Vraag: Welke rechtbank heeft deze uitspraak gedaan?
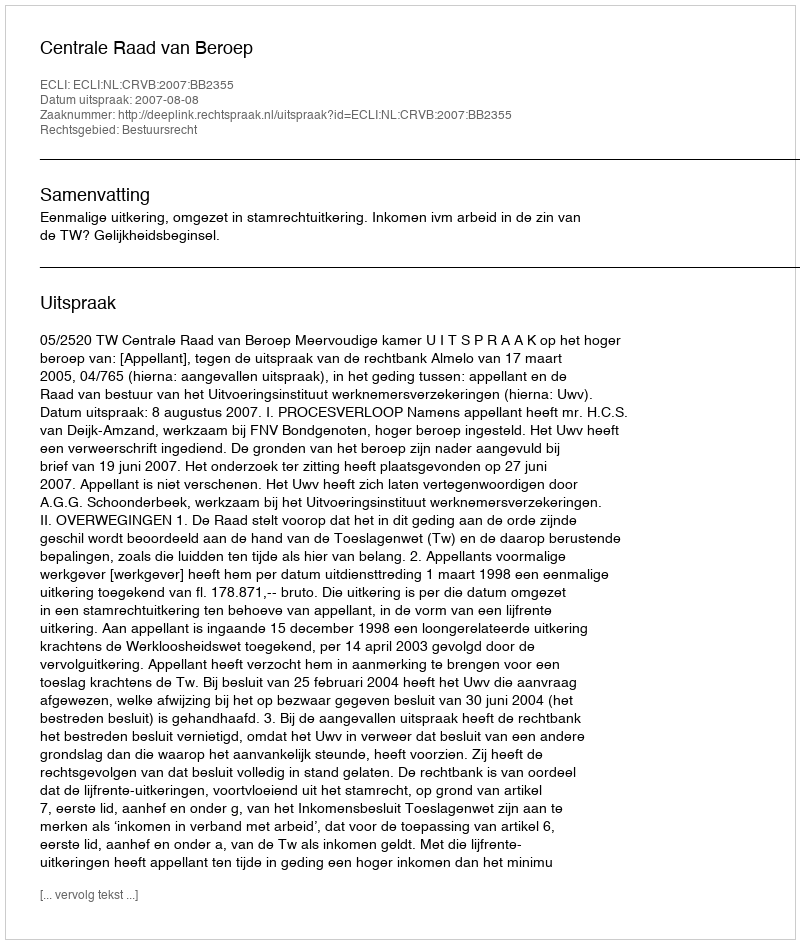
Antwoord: Centrale Raad van Beroep